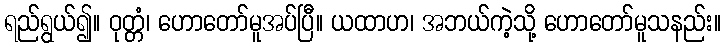
ရည်ရွယ်၍။ ဝုတ္တံ၊ ဟောတော်မူအပ်ပြီ။ ယထာဟ၊ အဘယ်ကဲ့သို့ ဟောတော်မူသနည်း။